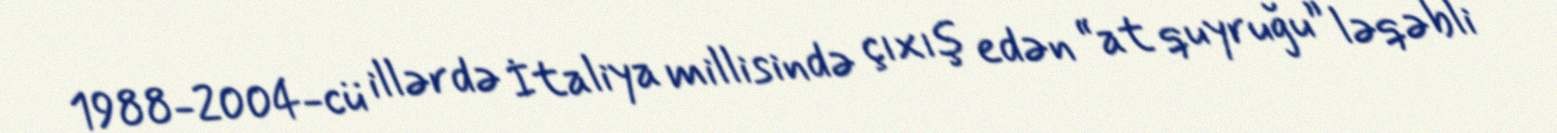
1988-2004-cü illərdə İtaliya millisində çıxış edən “at quyruğu” ləqəbli